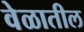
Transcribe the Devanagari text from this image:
वेळातील